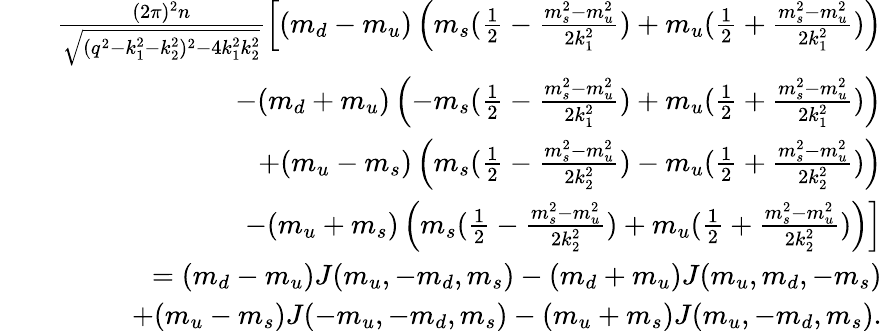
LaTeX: \begin{array}{rlr}&{}&{\frac{(2\pi)^{2}n}{\sqrt{(q^{2}-k_{1}^{2}-k_{2}^{2})^{2}-4k_{1}^{2}k_{2}^{2}}}\left[(m_{d}-m_{u})\left(m_{s}(\frac{1}{2}-\frac{m_{s}^{2}-m_{u}^{2}}{2k_{1}^{2}})+m_{u}(\frac{1}{2}+\frac{m_{s}^{2}-m_{u}^{2}}{2k_{1}^{2}})\right)\right.}\\ &{}&{\left.-(m_{d}+m_{u})\left(-m_{s}(\frac{1}{2}-\frac{m_{s}^{2}-m_{u}^{2}}{2k_{1}^{2}})+m_{u}(\frac{1}{2}+\frac{m_{s}^{2}-m_{u}^{2}}{2k_{1}^{2}})\right)\right.}\\ &{}&{\left.+(m_{u}-m_{s})\left(m_{s}(\frac{1}{2}-\frac{m_{s}^{2}-m_{u}^{2}}{2k_{2}^{2}})-m_{u}(\frac{1}{2}+\frac{m_{s}^{2}-m_{u}^{2}}{2k_{2}^{2}})\right)\right.}\\ &{}&{\left.-(m_{u}+m_{s})\left(m_{s}(\frac{1}{2}-\frac{m_{s}^{2}-m_{u}^{2}}{2k_{2}^{2}})+m_{u}(\frac{1}{2}+\frac{m_{s}^{2}-m_{u}^{2}}{2k_{2}^{2}})\right)\right]}\\ &{}&{=(m_{d}-m_{u})J(m_{u},-m_{d},m_{s})-(m_{d}+m_{u})J(m_{u},m_{d},-m_{s})}\\ &{}&{+(m_{u}-m_{s})J(-m_{u},-m_{d},m_{s})-(m_{u}+m_{s})J(m_{u},-m_{d},m_{s}).}\end{array}